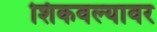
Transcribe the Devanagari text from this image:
शिकवल्यावर